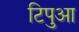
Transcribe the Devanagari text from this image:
टिपुआ